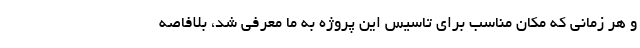
و هر زمانی که مکان مناسب برای تاسیس این پروژه به ما معرفی شد، بلافاصه